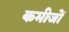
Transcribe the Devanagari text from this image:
कमीजों